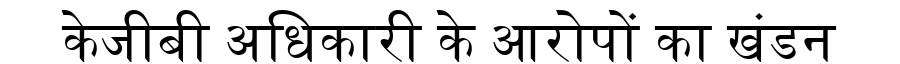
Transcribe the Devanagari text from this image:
केजीबी अधिकारी के आरोपों का खंडन